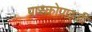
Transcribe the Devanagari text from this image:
प्रास्कोपाइडी